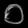
Digit: ၀